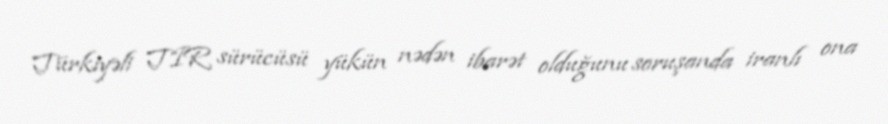
Türkiyəli TIR sürücüsü yükün nədən ibarət olduğunu soruşanda iranlı ona